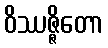
ဝိဿဇ္ဇိတော